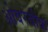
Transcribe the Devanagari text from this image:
ओवरबीक